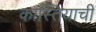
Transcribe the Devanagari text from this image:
कास्तियाची